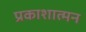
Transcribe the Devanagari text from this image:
प्रकाशात्मन